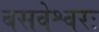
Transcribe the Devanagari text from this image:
बसवेश्वरः